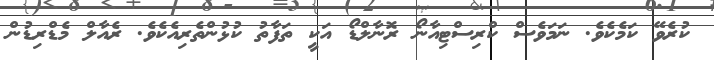
ކުރެވޭ ކަމެކެވެ. ނަމަވެސް ކްރިސްޓިއާނޯ ރޮނާލްޑޯ އަކީ ތަފާތު ކުޅުންތެރިއެކެވެ. ރެއާލް މެޑްރިޑުން